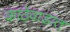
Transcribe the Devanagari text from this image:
काठेवाडात